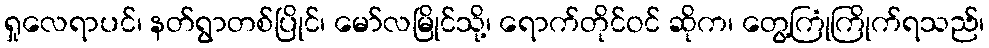
ရှုလေရာပင်၊ နတ်ရွာတစ်ပြိုင်၊ မော်လမြိုင်သို့၊ ရောက်တိုင်ဝင် ဆိုက၊ တွေ့ကြုံကြိုက်ရသည်၊